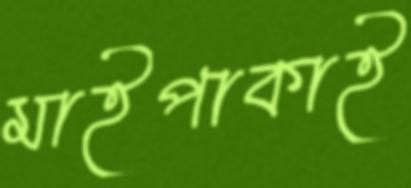
মাইপাকাই